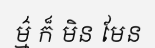
ម៌្ម ក៏ មិន មែន